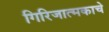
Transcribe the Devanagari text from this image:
गिरिजात्मकाचे